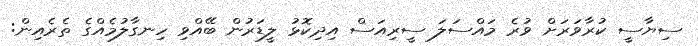
ސިޔާސީ ކުރާވަރަށް ވުރެ މައްސަލަ ސީރިއަސް އިދިކޮޅު ލީޑަރުން ބޭއްވި ހިނގާލުމެއްގެ ތެރެއިން: